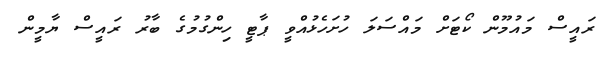
ރައީސް މައުމޫން ކޯޓަށް މައްސަލަ ހުށަހެޅުއްވީ ޕާޓީ ހިންގުމުގެ ބާރު ރައީސް ޔާމީން